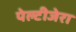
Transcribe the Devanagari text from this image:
पेल्टीजेरा